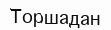
Торшадан